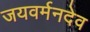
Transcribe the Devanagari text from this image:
जयवर्मनदेव